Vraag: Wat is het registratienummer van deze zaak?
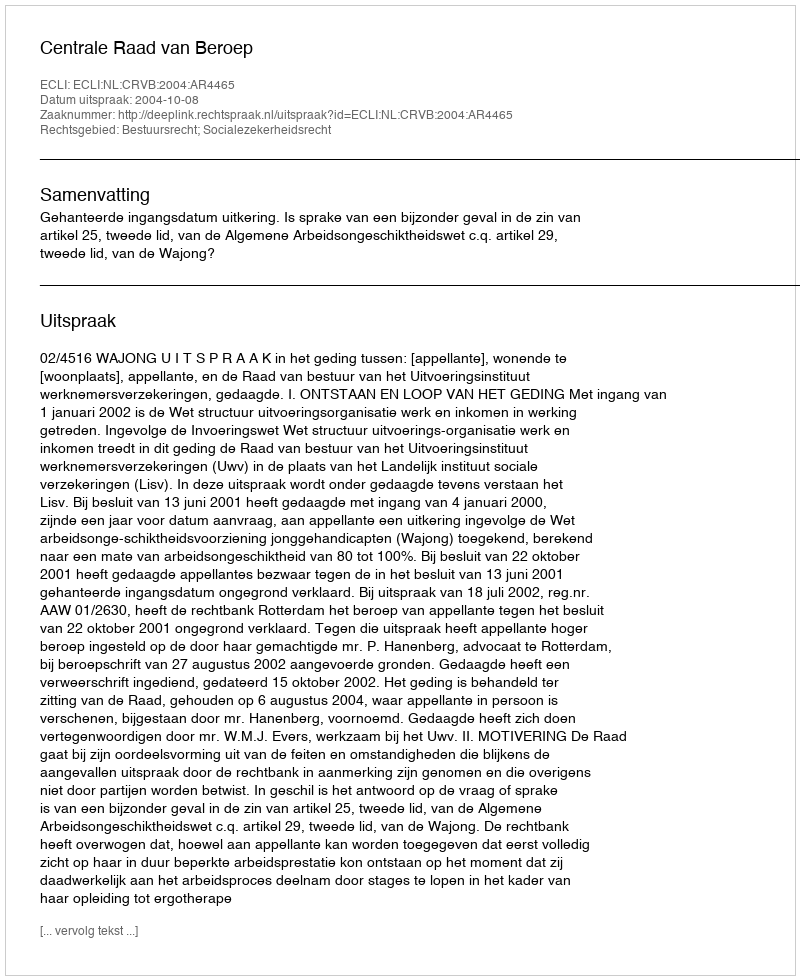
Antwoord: http://deeplink.rechtspraak.nl/uitspraak?id=ECLI:NL:CRVB:2004:AR4465